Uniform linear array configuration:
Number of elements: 48
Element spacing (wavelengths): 0.75
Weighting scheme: blackman
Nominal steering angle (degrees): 60
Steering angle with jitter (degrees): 61.734
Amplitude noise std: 0.05
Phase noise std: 0.05

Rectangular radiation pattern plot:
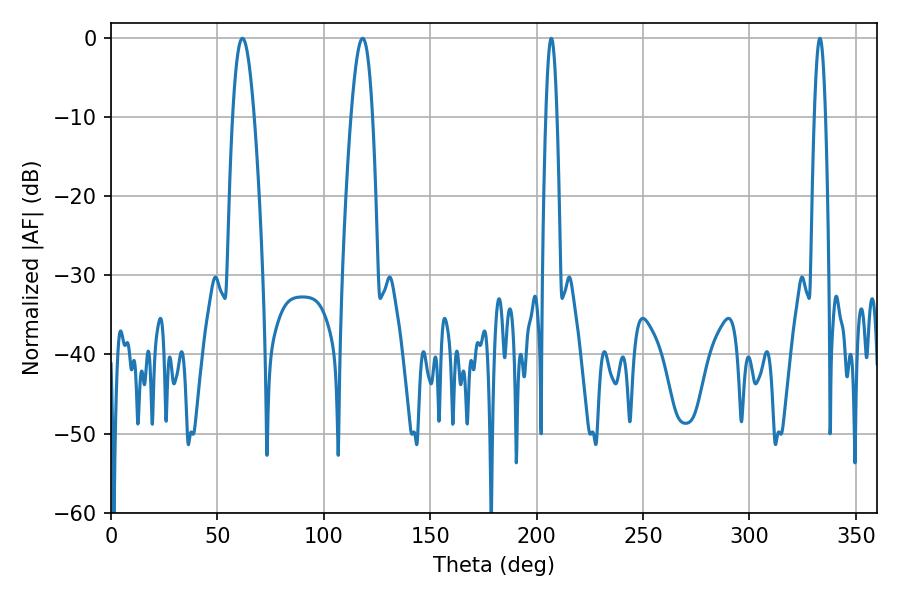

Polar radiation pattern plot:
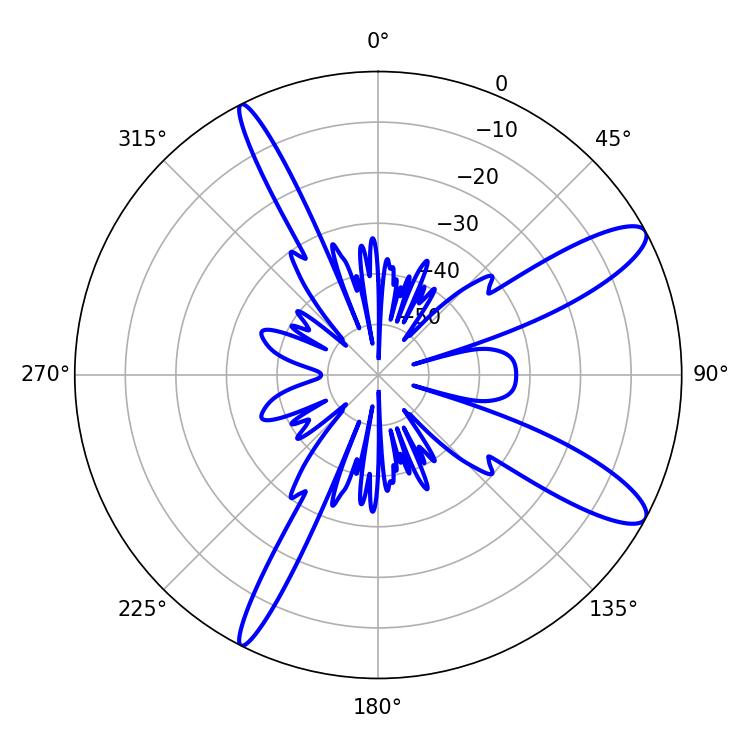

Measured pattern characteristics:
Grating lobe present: TRUE
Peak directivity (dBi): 11.701
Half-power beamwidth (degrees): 5.4
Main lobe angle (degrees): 61.74